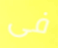
فى